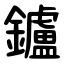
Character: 鑪